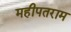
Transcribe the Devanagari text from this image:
महीपतराम